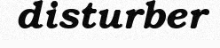
disturber